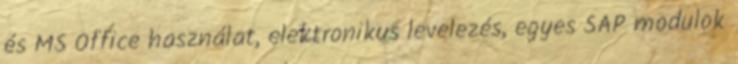
és MS Office használat, elektronikus levelezés, egyes SAP modulok